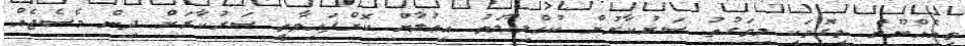
ތީއެއްނޫން ވީގޮތަކީ މިވަގުތު ސަރުކާރުން ކުއްލިޙާލަތު އިޢުލާން ކޮށްފައިވާތީ ސަރުކާރަށް ދިން މެސެޖެއް